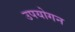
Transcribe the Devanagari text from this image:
उपयोगन